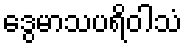
ဒွေမာသပရိဝါသံ